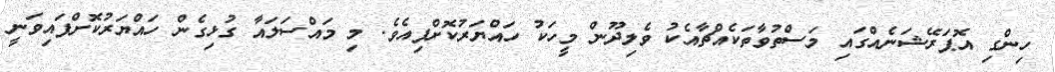
ހިންގި އޮޕަރޭޝަނެއްގައި މަސްތުވާތަކެއްޗާއެކު ވެލިދޫން މީހަކު ހައްޔަރުކޮށްފިއެވެ. މި މައްސަލައާ ގުޅިގެން ހައްޔަރުކޮށްފައިވަނީ